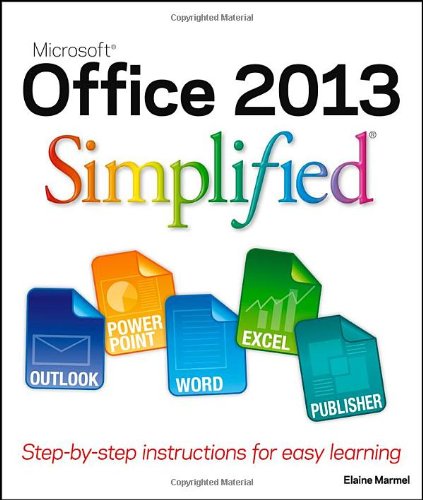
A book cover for Office 2013 Simplified; Elaine Marmel; Computers & Technology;